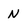
Character: N